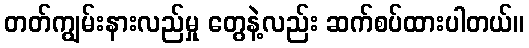
တတ်ကျွမ်းနားလည်မှု တွေနဲ့လည်း ဆက်စပ်ထားပါတယ်။